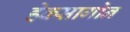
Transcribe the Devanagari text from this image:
हेक्सागोन